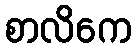
စာလိကေ